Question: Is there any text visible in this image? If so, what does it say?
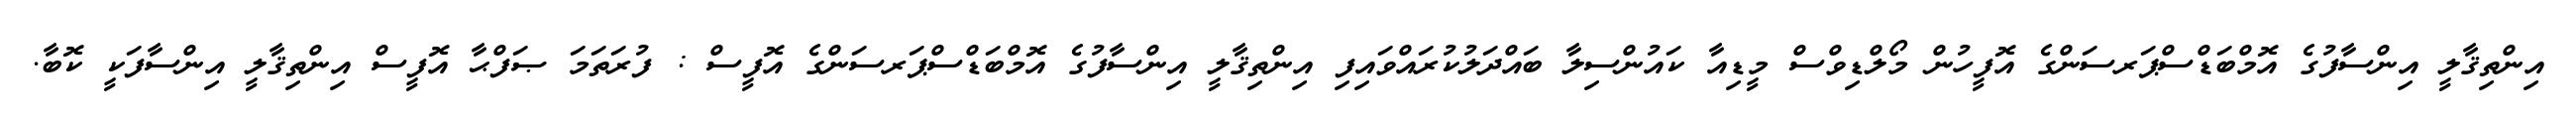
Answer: އިންތިޤާލީ އިންސާފުގެ އޮމްބަޑްސްޕަރސަންގެ އޮފީހުން މޯލްޑިވްސް މީޑިއާ ކައުންސިލާ ބައްދަލުކުރައްވައިފި އިންތިޤާލީ އިންސާފުގެ އޮމްބަޑްސްޕަރސަންގެ އޮފީސް : ފުރަތަމަ ޞަފްޙާ އޮފީސް އިންތިޤާލީ އިންސާފަކީ ކޮބާ.